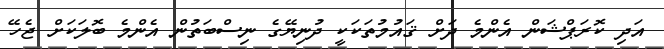
އަދި ކޮރަޕްޝަން އެންމެ ދަށް ޤައުމުތަކަކީ ދުނިޔޭގެ ނިސްބަތުން އެންމެ ބޮލަކަށް ޖެހޭ